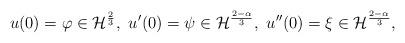
LaTeX: \begin{align*}u(0)=\varphi\in \mathcal{H}^{\frac{2}{3}},\ u'(0)= \psi \in \mathcal{H}^{\frac{2-\alpha}{3}},\ u''(0)=\xi\in \mathcal{H}^{\frac{2-\alpha}{3}}, \end{align*}